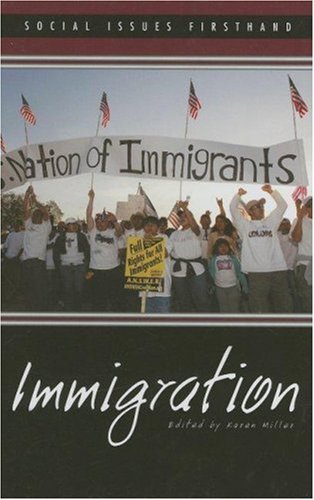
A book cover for Immigration (Social Issues Firsthand); Karen Miller; Teen & Young Adult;